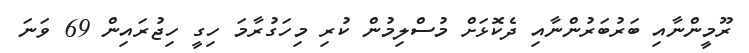
ރޫމީންނާއި ބަރުބަރުންނާއި ދެކޮޅަށް މުސްލިމުން ކުރި މިހަގުރާމަ ހިގީ ހިޖުރައިން 69 ވަނަ